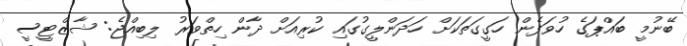
ބޭނުމީ ބައްޕަގެ ހުވަފެން ހަގީގަތަކަށް ހަދަންލީގުގައި ކުރިއަށް ދާން ހިތްވަރު ލިބިއްޖެ: ޝާޒްޓީސީ